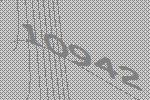
10942